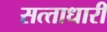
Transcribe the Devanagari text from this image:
सत्‍ताधारी